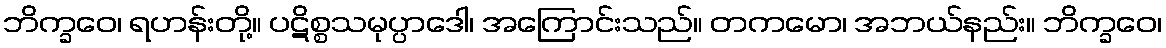
ဘိက္ခဝေ၊ ရဟန်းတို့။ ပဋိစ္စသမုပ္ပာဒေါ၊ အကြောင်းသည်။ တကမော၊ အဘယ်နည်း။ ဘိက္ခဝေ၊